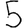
Digit: 5